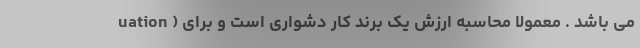
uation ) می باشد . معمولاً محاسبه ارزش یک برند کار دشواری است و برای